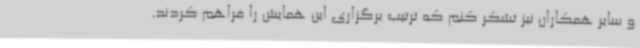
و سایر همکاران نیز تشکر کنم که ترتیب برگزاری این همایش را فراهم کردند.